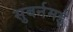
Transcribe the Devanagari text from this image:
सुबर्नमई